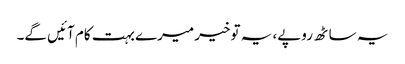
یہ ساٹھ روپے، یہ توخیر میرے بہت کام آئیں گے۔